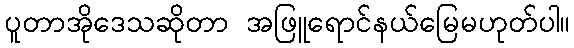
ပူတာအိုဒေသဆိုတာ အဖြူရောင်နယ်မြေမဟုတ်ပါ။